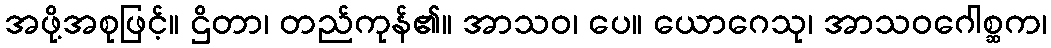
အဖို့အစုဖြင့်။ ဌိတာ၊ တည်ကုန်၏။ အာသဝ၊ ပေ။ ယောဂေသု၊ အာသဝဂေါစ္ဆက၊